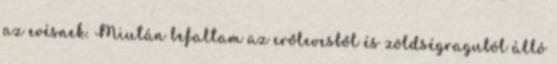
az evésnek. Miután befaltam az erőlevesből és zöldségraguból álló